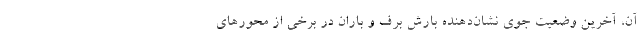
آن، آخرین وضعیت جوی نشان‌دهنده بارش برف و باران در برخی از محورهای